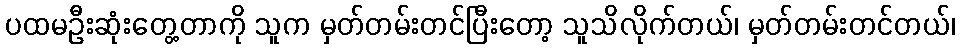
ပထမဦးဆုံးတွေ့တာကို သူက မှတ်တမ်းတင်ပြီးတော့ သူသိလိုက်တယ်၊ မှတ်တမ်းတင်တယ်၊